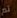
تم